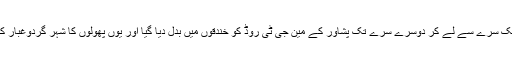
راتوں رات ایک سرے سے لے کر دوسرے سرے تک پشاور کے مین جی ٹی روڈ کو خندقوں میں بدل دیا گیا اور یوں پھولوں کا شہر گردوغبار کا شہر بن گیا۔